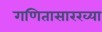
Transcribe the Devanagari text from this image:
गणितासारख्या